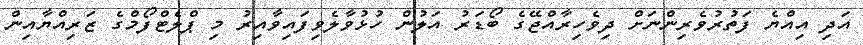
އަދި އިއްޔެ ފަތުރުވެރިންނަށް ދިވެހިރާއްޖޭގެ ބޯޑަރު އަލުން ހުޅުވާލެވިފައިވާއިރު މި ޕްލެޓްފޯމްގެ ޒަރިއްޔާއިން